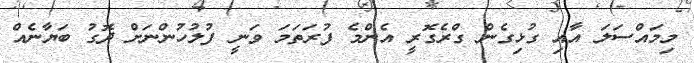
މިމައްސަލަ އާއި ގުޅިގެން ގްރެގޮރީ އެންމެ ފުރަތަމަ ވަނީ ފުލުހުންނަށް ދޮގު ބަޔާނެއް